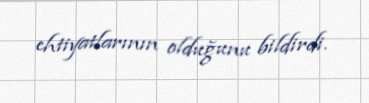
ehtiyatlarının olduğunu bildirdi.